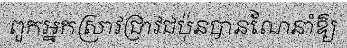
ពួកអ្នកស្រាវជ្រាវជប៉ុនបានណែនាំឱ្យ